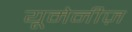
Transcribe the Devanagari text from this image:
यूमेनीज़